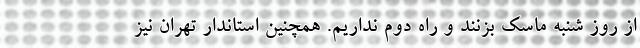
از روز شنبه ماسک بزنند و راه دوم نداریم. همچنین استاندار تهران نیز